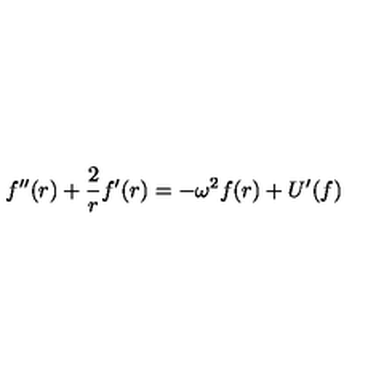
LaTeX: f ^ { \prime \prime } ( r ) + \frac { 2 } { r } f ^ { \prime } ( r ) = - \omega ^ { 2 } f ( r ) + U ^ { \prime } ( f )